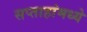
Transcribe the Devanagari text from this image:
सप्ताहांमध्ये